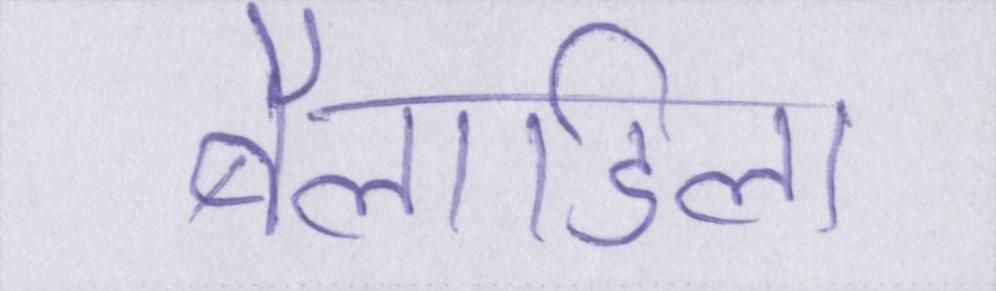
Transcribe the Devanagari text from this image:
बैलाडिला